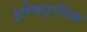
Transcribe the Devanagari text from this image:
इलेकट्रानिक